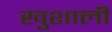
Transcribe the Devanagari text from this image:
खुशाली